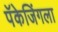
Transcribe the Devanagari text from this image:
पॅकेजिंगला